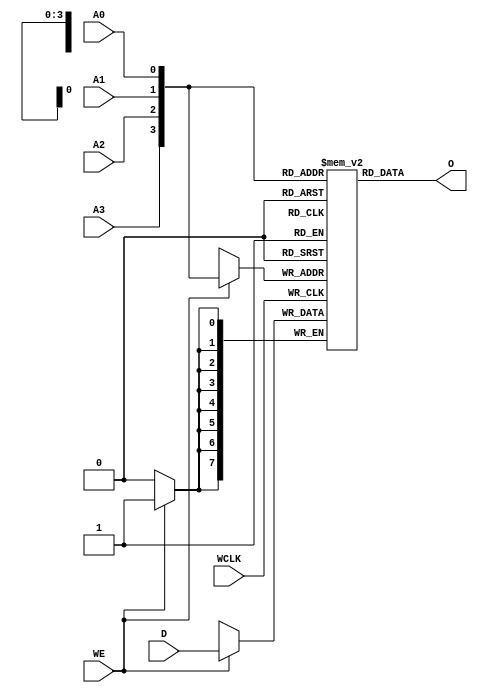
// $Header: /devl/xcs/repo/env/Databases/CAEInterfaces/verunilibs/data/unisims/RAM16X8S.v,v 1.9 2005/05/23 22:42:09 yanx Exp $
///////////////////////////////////////////////////////////////////////////////
// Copyright (c) 1995/2004 Xilinx, Inc.
// All Right Reserved.
///////////////////////////////////////////////////////////////////////////////
//   ____  ____
//  /   /\/   /
// /___/  \  /    Vendor : Xilinx
// \   \   \/     Version : 10.1
//  \   \         Description : Xilinx Functional Simulation Library Component
//  /   /                  Static Synchronous RAM 16-Deep by 8-Wide
// /___/   /\     Filename : RAM16X8S.v
// \   \  /  \    Timestamp : Thu Mar 25 16:43:33 PST 2004
//  \___\/\___\
//
// Revision:
//    03/23/04 - Initial version.
//    02/04/05 - Rev 0.0.1 Remove input/output bufs; Remove for-loop in initial block;
//    05/23/05 - Change initial order (BugTrack#194).
// End Revision

`timescale  1 ps / 1 ps


module RAM16X8S (O, A0, A1, A2, A3, D, WCLK, WE);

    parameter INIT_00 = 16'h0000;
    parameter INIT_01 = 16'h0000;
    parameter INIT_02 = 16'h0000;
    parameter INIT_03 = 16'h0000;
    parameter INIT_04 = 16'h0000;
    parameter INIT_05 = 16'h0000;
    parameter INIT_06 = 16'h0000;
    parameter INIT_07 = 16'h0000;

    output [7:0] O;

    input  A0, A1, A2, A3, WCLK, WE;
    input [7:0] D;


    reg   [7:0] mem [15:0];
    integer i;
    reg test;

    wire [3:0] adr;

    assign adr = {A3, A2, A1, A0};
    assign O = mem[adr];

    initial  
        for (i = 0; i < 16; i=i+1) 
            mem[i] = {INIT_07[i], INIT_06[i], INIT_05[i], INIT_04[i], INIT_03[i], INIT_02[i],
                      INIT_01[i], INIT_00[i]};

    always @(posedge WCLK) 
        if (WE == 1'b1) 
            mem[adr] <= #100 D;

endmodule